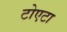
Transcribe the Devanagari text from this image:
टोएटा